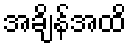
အချိန်အထိ